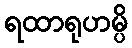
ရထာရုဟမ္ပိ